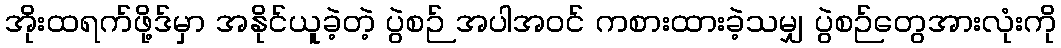
အိုးထရက်ဖို့ဒ်မှာ အနိုင်ယူခဲ့တဲ့ ပွဲစဉ် အပါအဝင် ကစားထားခဲ့သမျှ ပွဲစဉ်တွေအားလုံးကို